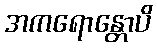
အကရောန္တောပိ